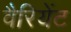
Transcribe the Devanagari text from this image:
वैरियेंट